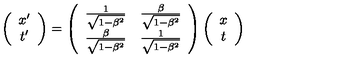
\left( \begin{array} { c } { x ^ { \prime } } \\ { t ^ { \prime } } \\ \end{array} \right) = \left( \begin{array} { c c } { \frac { 1 } { \sqrt { 1 - \beta ^ { 2 } } } } & { \frac { \beta } { \sqrt { 1 - \beta ^ { 2 } } } } \\ { \frac { \beta } { \sqrt { 1 - \beta ^ { 2 } } } } & { \frac { 1 } { \sqrt { 1 - \beta ^ { 2 } } } } \\ \end{array} \right) \left( \begin{array} { c } { x } \\ { t } \\ \end{array} \right)